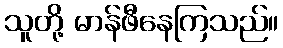
သူတို့ မာန်ဖီနေကြသည်။